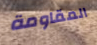
المقاومة